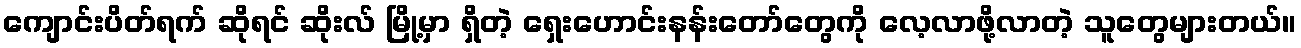
ကျောင်းပိတ်ရက် ဆိုရင် ဆိုးလ် မြို့မှာ ရှိတဲ့ ရှေးဟောင်းနန်းတော်တွေကို လေ့လာဖို့လာတဲ့ သူတွေများတယ်။